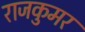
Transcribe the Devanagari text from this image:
राजकुमर